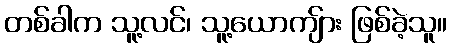
တစ်ခါက သူ့လင်၊ သူ့ယောကျ်ား ဖြစ်ခဲ့သူ။